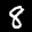
Label: 8